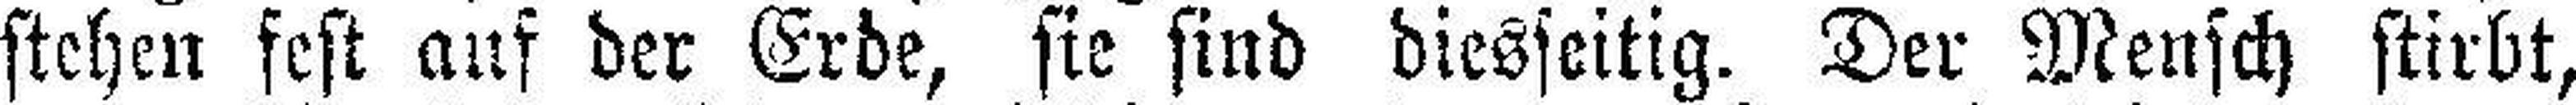
stehen fest auf der Erde, sie sind diesseitig. Der Mensch stirbt,